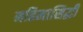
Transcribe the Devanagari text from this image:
महिमासिद्धी